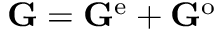
\mathbf { G } = \mathbf { G } ^ { \mathrm { e } } + \mathbf { G } ^ { \mathrm { o } }